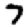
Digit: 7